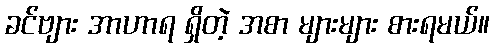
ခင်ဗျား အာဟာရ ရှိတဲ့ အစာ များများ စားရမယ်။